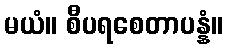
မယံ။ စီပရစေတာပန္နံ။